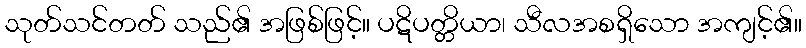
သုတ်သင်တတ် သည်၏ အဖြစ်ဖြင့်။ ပဋိပတ္တိယာ၊ သီလအစရှိသော အကျင့်၏။